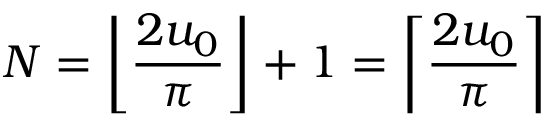
N = \left\lfloor { \frac { 2 u _ { 0 } } { \pi } } \right\rfloor + 1 = \left\lceil { \frac { 2 u _ { 0 } } { \pi } } \right\rceil